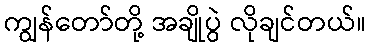
ကျွန်တော်တို့ အချိုပွဲ လိုချင်တယ်။